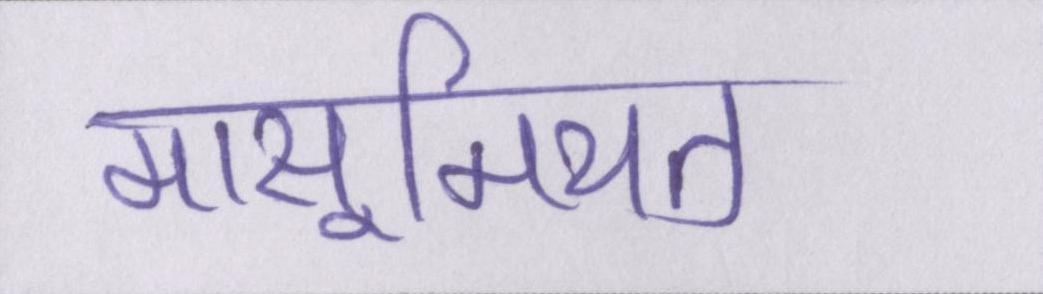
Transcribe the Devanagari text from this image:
मासूमियत